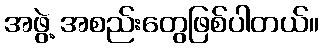
အဖွဲ့ အစည်းတွေဖြစ်ပါတယ်။